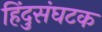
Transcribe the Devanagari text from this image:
हिंदुसंघटक